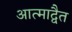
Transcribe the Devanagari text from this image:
आत्माद्वैत